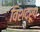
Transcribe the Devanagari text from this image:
विशदरूप